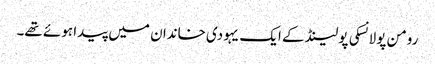
رومن پولانسکی پولینڈ کے ایک یہودی خاندان میں پیدا ہوئے تھے۔